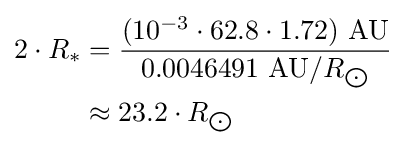
{\begin{aligned}2\cdot R_{*}&={\frac {(10^{-3}\cdot 62.8\cdot 1.72)\ {\text{AU}}}{0.0046491\ {\text{AU}}/R_{\bigodot }}}\\&\approx 23.2\cdot R_{\bigodot }\end{aligned}}